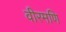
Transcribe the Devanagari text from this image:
वीरमणि